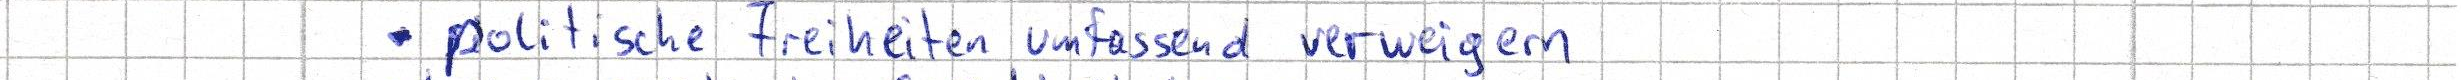
- politische Freiheiten umfassend verweigern